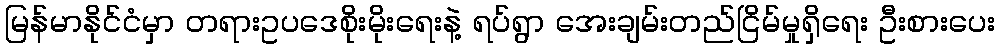
မြန်မာနိုင်ငံမှာ တရားဥပဒေစိုးမိုးရေးနဲ့ ရပ်ရွာ အေးချမ်းတည်ငြိမ်မှုရှိရေး ဦးစားပေး